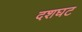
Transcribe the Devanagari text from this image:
दशघट